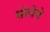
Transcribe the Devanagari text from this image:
शोलेचे